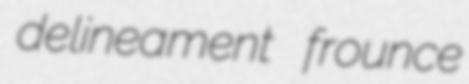
delineament frounce